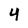
Character: 4